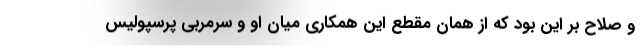
و صلاح بر این بود که از همان مقطع این همکاری میان او و سرمربی پرسپولیس